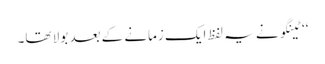
‘‘ ٹینگو نے یہ لفظ ایک زمانے کے بعد بولا تھا۔